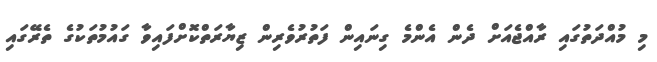
މި މުއްދަތުގައި ރާއްޖެއަށް ދެން އެންމެ ގިނައިން ފަތުރުވެރިން ޒިޔާރަތްކޮށްފައިވާ ގައުމުތަކުގެ ތެރޭގައި